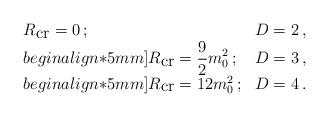
LaTeX: \begin{align*}\begin{array}{ll} R_{\mbox{cr}}=0\, ; & D=2\, ,\\begin{align*}5mm] \displaystyle R_{\mbox{cr}}=\frac{9}{2}m_{0}^{2}\, ; & D=3\, ,\\begin{align*}5mm] R_{\mbox{cr}}=12 m_{0}^{2}\, ; & D=4\, .\end{array}\end{align*}